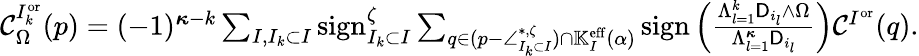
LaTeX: \begin{array}{r}{\mathcal{C}_{\Omega}^{I_{k}^{\mathrm{or}}}(p)=(-1)^{{\boldsymbol{\kappa}}-k}\sum_{I,I_{k}\subset I}\mathrm{sign}_{I_{k}\subset I}^{\zeta}\sum_{q\in(p-\angle_{I_{k}\subset I}^{*,\zeta})\cap\mathbb{K}_{I}^{{\mathrm{eff}}}(\alpha)}\mathrm{sign}\left(\frac{\Lambda_{l=1}^{k}\mathsf{D}_{i_{l}}\wedge\Omega}{\Lambda_{l=1}^{{\boldsymbol{\kappa}}}\mathsf{D}_{i_{l}}}\right)\mathcal{C}^{I^{\mathrm{or}}}(q).}\end{array}